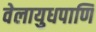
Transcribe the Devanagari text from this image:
वेलायुधपाणि